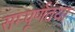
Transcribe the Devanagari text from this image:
सम्पूर्णतया